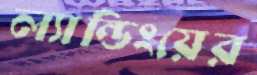
ল্যান্ডিংয়ের